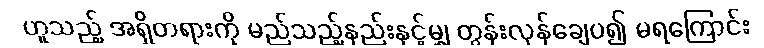
ဟူသည့် အရှိတရားကို မည်သည့်နည်းနှင့်မျှ တွန်းလှန်ချေပ၍ မရကြောင်း